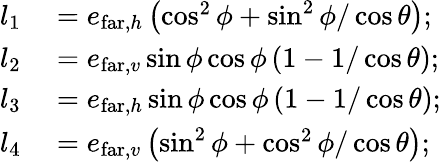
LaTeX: \begin{array}{rl}{l_{1}}&{{}=e_{\mathrm{far},h}\left(\cos^{2}\phi+\sin^{2}\phi/\cos\theta\right);}\\ {l_{2}}&{{}=e_{\mathrm{far},v}\sin\phi\cos\phi\left(1-1/\cos\theta\right);}\\ {l_{3}}&{{}=e_{\mathrm{far},h}\sin\phi\cos\phi\left(1-1/\cos\theta\right);}\\ {l_{4}}&{{}=e_{\mathrm{far},v}\left(\sin^{2}\phi+\cos^{2}\phi/\cos\theta\right);}\end{array}